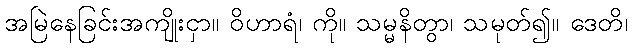
အမြဲနေခြင်းအကျိုးငှာ။ ဝိဟာရံ၊ ကို။ သမ္မနိတွာ၊ သမုတ်၍။ ဒေတိ၊